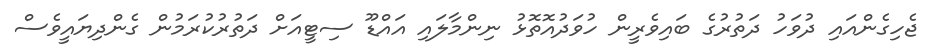
ޖެހިގެންއައި ދުވަހު ދަތުރުގެ ބައިވެރީން ހުވަދުއޮތޮޅު ނިންމާލައި އައްޑޫ ސިޓީއަށް ދަތުރުކުރަމުން ގެންދިޔައީވެސް